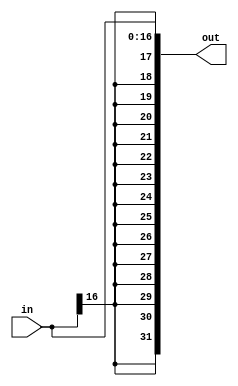
module signextender_16to32(in, out);

	input [16:0] in;
	output [31:0] out;
	
//	genvar i;
//	generate
//		for(i=0; i<17; i=i+1) begin: loop1
//		
//			assign out[i] = in[i];
//		
//		end
//	endgenerate
//	
//	generate
//		for(i=17; i<32; i=i+1) begin: loop2
//		
//			assign out[i] = in[16];
//		
//		end
//	endgenerate
	
	assign out = { {15{in[16]}} ,  in };
	
endmodule